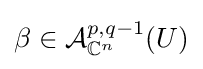
\beta \in {\mathcal {A}}_{\mathbb {C} ^{n}}^{p,q-1}(U)